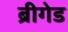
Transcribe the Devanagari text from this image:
ब्रीगेड